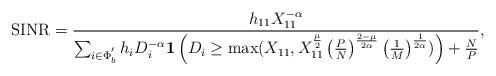
LaTeX: \begin{align*}\mathrm{SINR}=\frac{h_{\mathrm{11}}X_{\mathrm{11}}^{-\alpha}}{\sum_{i\in\Phi_{b}^{'}}h_{i}D_{i}^{-\alpha}\mathbf{1}\left(D_{i}\geq\max(X_{11},X_{11}^{\frac{\mu}{2}}\left(\frac{P}{N}\right)^{\frac{2-\mu}{2\alpha}}\left(\frac{1}{M}\right)^{\frac{1}{2\alpha}})\right)+\frac{N}{P}},\end{align*}